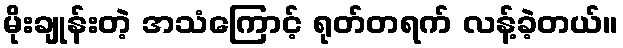
မိုးချုန်းတဲ့ အသံကြောင့် ရုတ်တရက် လန့်ခဲ့တယ်။